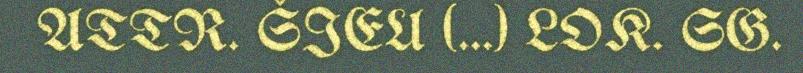
ATTR. ŠIEU (...) LOK. SG.